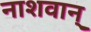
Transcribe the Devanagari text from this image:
नाशवान्‌